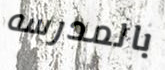
بالمدرسه